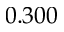
0 . 3 0 0